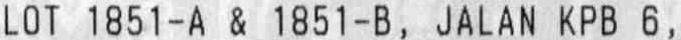
LOT 1851-A & 1851-B, JALAN KPB 6,